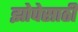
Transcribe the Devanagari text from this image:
झोपेसाठी